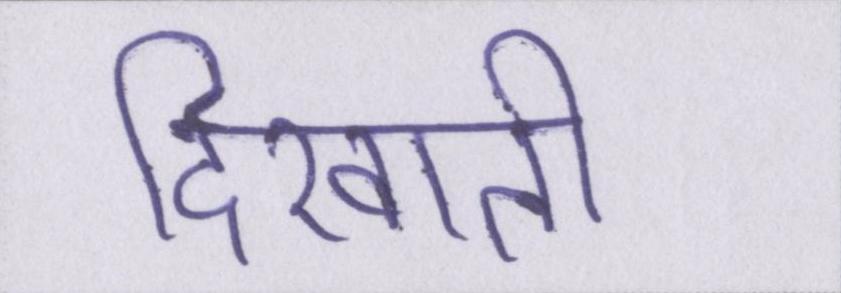
दिखाती